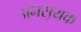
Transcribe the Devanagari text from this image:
अनसूयक